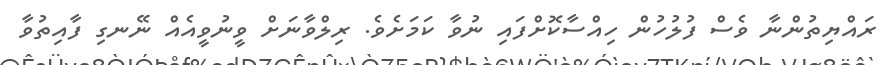
ރައްޔިތުންނާ ވެސް ފުލުހުން ހިއްސާކޮށްފައި ނުވާ ކަމަށެވެ. ރިލްވާނަށް ވީނުވީއެއް ނޭނގި ފާއިތުވާ